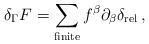
\begin{align*}\delta_\Gamma F=\sum_{\textrm{finite}}f^\beta\partial_\beta\delta_{\textrm{rel}}\,,\end{align*}